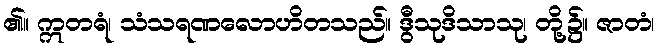
၏။ ဣတရံ၊ သံသရဏလောဟိတသည်။ ဒွီသုဒိသာသု၊ တို့၌။ ဇာတံ၊